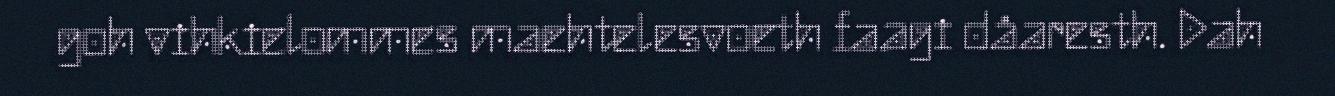
goh vihkielommes maehtelesvoeth faagi dåaresth. Dah